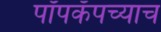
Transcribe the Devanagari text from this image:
पॉपकॅपच्याच